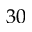
3 0